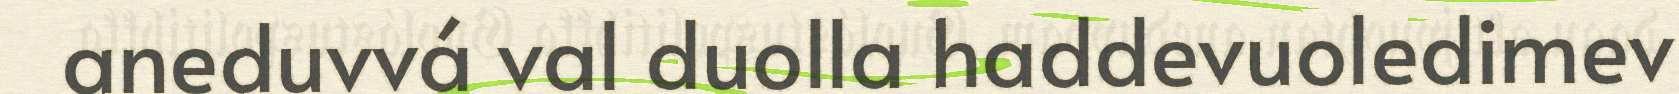
aneduvvá val duolla haddevuoledimev